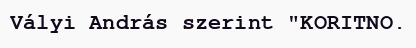
Vályi András szerint "KORITNO.